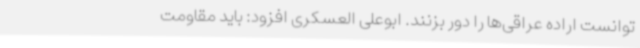
توانست اراده عراقی‌ها را دور بزنند. ابوعلی العسکری افزود: باید مقاومت